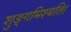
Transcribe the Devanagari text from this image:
शुङ्गमिश्यति।